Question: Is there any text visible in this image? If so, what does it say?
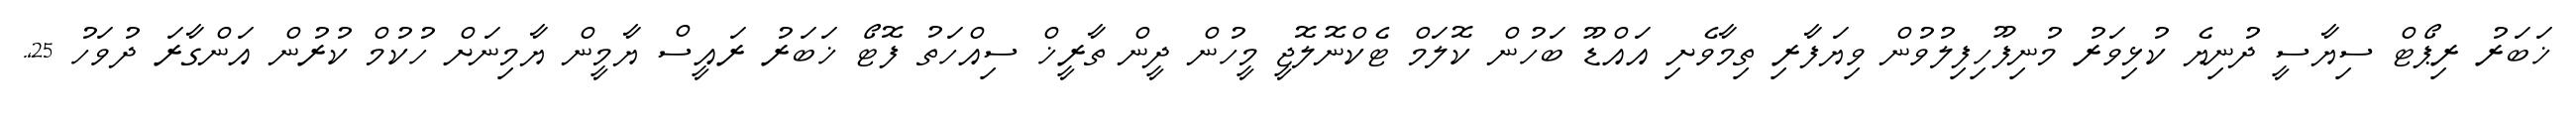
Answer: ޚަބަރު ރިޕޯޓް ސިޔާސީ ދުނިޔެ ކުޅިވަރު މުނިފޫހިފިލުވުން ވިޔަފާރި ތިމާވެށި އައްޑޫ ބަހުން ކޮލަމް ޓެކްނޮލޮޖީ މީހުން ދީން ތާރީޚް ސިއްހަތު ފޮޓޯ ޚަބަރު ރައީސް ޔާމީން ޔާމިނަށް ހުކުމް ކުރުން އަންގާރަ ދުވަހު 25,.